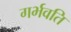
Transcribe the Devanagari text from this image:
गर्भवति